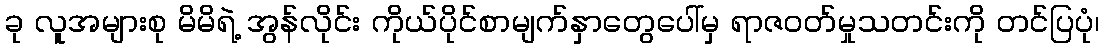
ခု လူအများစု မိမိရဲ့ အွန်လိုင်း ကိုယ်ပိုင်စာမျက်နှာတွေပေါ်မှ ရာဇဝတ်မှုသတင်းကို တင်ပြပုံ၊